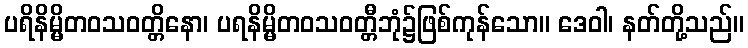
ပရိနိမ္မိတဝသဝတ္တိနော၊ ပရနိမ္မိတဝသဝတ္တီဘုံ၌ဖြစ်ကုန်သော။ ဒေဝါ၊ နတ်တို့သည်။